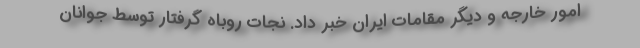
امور خارجه و دیگر مقامات ایران خبر داد. نجات روباه گرفتار توسط جوانان